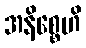
အနိစ္စေဟိ